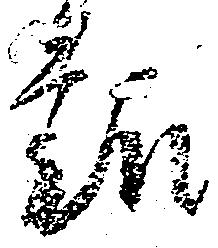
趣